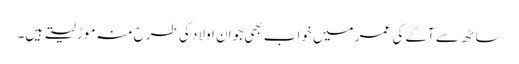
ساٹھ سے آگے کی عمر میں خواب بھی جوان اولاد کی طرح منہ موڑ لیتے ہیں۔